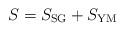
LaTeX: \begin{align*} S = S_{\rm SG}+S_{\rm YM}\end{align*}